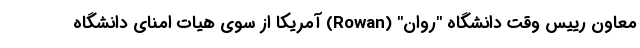
معاون رییس وقت دانشگاه "روان" (Rowan) آمریکا از سوی هیات امنای دانشگاه